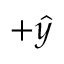
+ \hat { { y } }